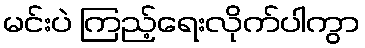
မင်းပဲ ကြည့်ရေးလိုက်ပါကွာ